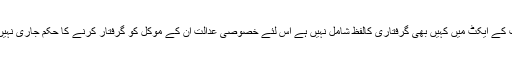
اس سے قبل پرویز مشرف کے وکلا کی جانب سے عدالت میں دلائل دیئے گئے تھے کہ خصوصی عدالت کے ایکٹ میں کہیں بھی گرفتاری کالفظ شامل نہیں ہے اس لئے خصوصی عدالت ان کے موکل کو گرفتار کرنے کا حکم جاری نہیں کرسکتی تاہم عدالت نے 2 روز پہلے وکلا کے دلائل سننے کے بعد درخواست پر فیصلہ محفوظ کیا تھا۔